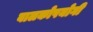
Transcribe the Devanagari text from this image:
बालकोपयोगी